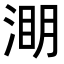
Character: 𭱑